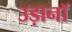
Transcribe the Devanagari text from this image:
उड़ानॉ